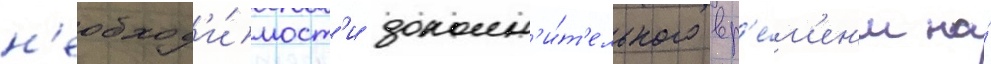
н'еобход'и́мост'и дополн'и́т'ельного вр'е́м'ен'и на́